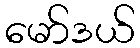
မော်ဒယ်